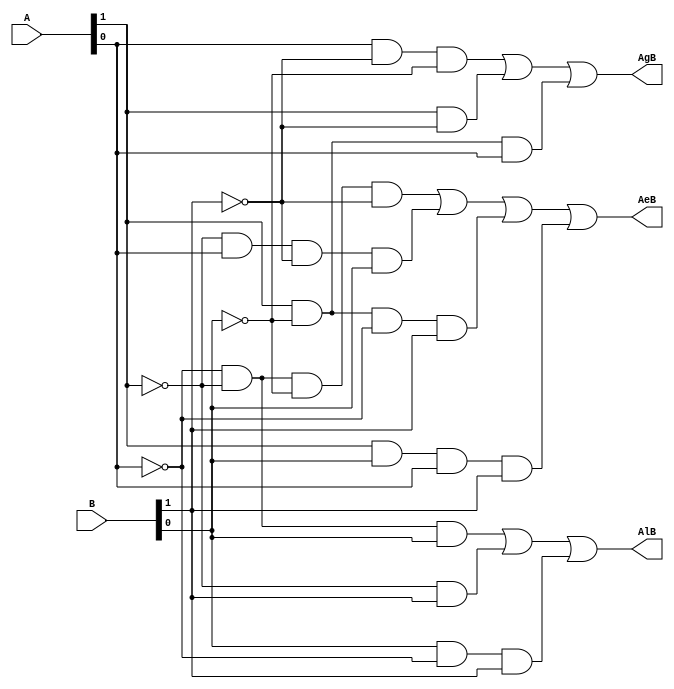
module comp2bit(input [1:0]A,B, output AgB, AeB, AlB);
    wire [2:0]a,c;
    wire [3:0] b;
    assign a[0]= A[0]& (~B[1]) & (~B[0]);
    assign a[1]= A[1] & (~B[1]);
    assign a[2]= A[1] & (~B[0]) & A[0];
    
    assign b[0]= (~A[0]) & (~A[1]) & (~B[0]) & (~B[1]);
    assign b[1]= (~A[1]) & A[0] & (~B[1]) & B[0];
    assign b[2]= A[1] & (~B[0]) & (~A[0]) & B[1];
    assign b[3]= A[1] & B[0] & A[0] & B[1];
    
    assign c[0]= (~A[0]) &(~A[1]) & B[0];
    assign c[1]= (~A[1]) & B[1];
    assign c[2]= B[0] & (~A[0]) & B[1];

    assign AgB= a[0] | a[1] | a[2];
    assign AeB= b[0] | b[1] | b[2] | b[3];
    assign AlB= c[0] | c[1] | c[2];
    endmodule